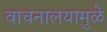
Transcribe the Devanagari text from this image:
वाचनालयामुळे